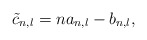
\begin{align*} \tilde{c}_{n,l}=na_{n,l}-b_{n,l},\end{align*}